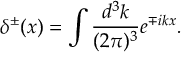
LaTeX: \delta ^ { \pm } ( x ) = \int \frac { d ^ { 3 } k } { ( 2 \pi ) ^ { 3 } } e ^ { \mp i k x } .